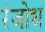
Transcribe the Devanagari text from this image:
रंजोध